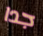
جدا